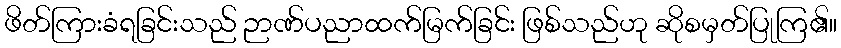
ဖိတ်ကြားခံရခြင်းသည် ဉာဏ်ပညာထက်မြက်ခြင်း ဖြစ်သည်ဟု ဆိုစမှတ်ပြုကြ၏။